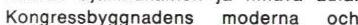
Kongressbyggnadens moderna och